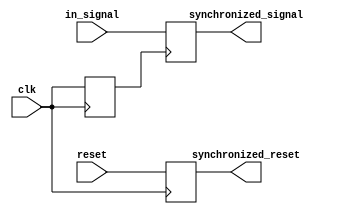
module Timing_Control_Synchronization(
    input wire clk,
    input wire reset,
    input wire in_signal,
    output reg synchronized_signal,
    output reg synchronized_reset
);

reg synchronized_clk;

always @(posedge clk) begin
    synchronized_clk <= clk;
    synchronized_reset <= reset;
end

// Synchronize input signal with clock domain
always @(posedge synchronized_clk) begin
    synchronized_signal <= in_signal;
end

endmodule